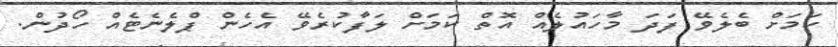
ކަމަށް ބެލެވޭ ފަދަ މާހައުލެއް އޮތް ކަމަށް ލަފާކުރެވޭ އެހެން ޕްލެނެޓެއް ހޯދުން.